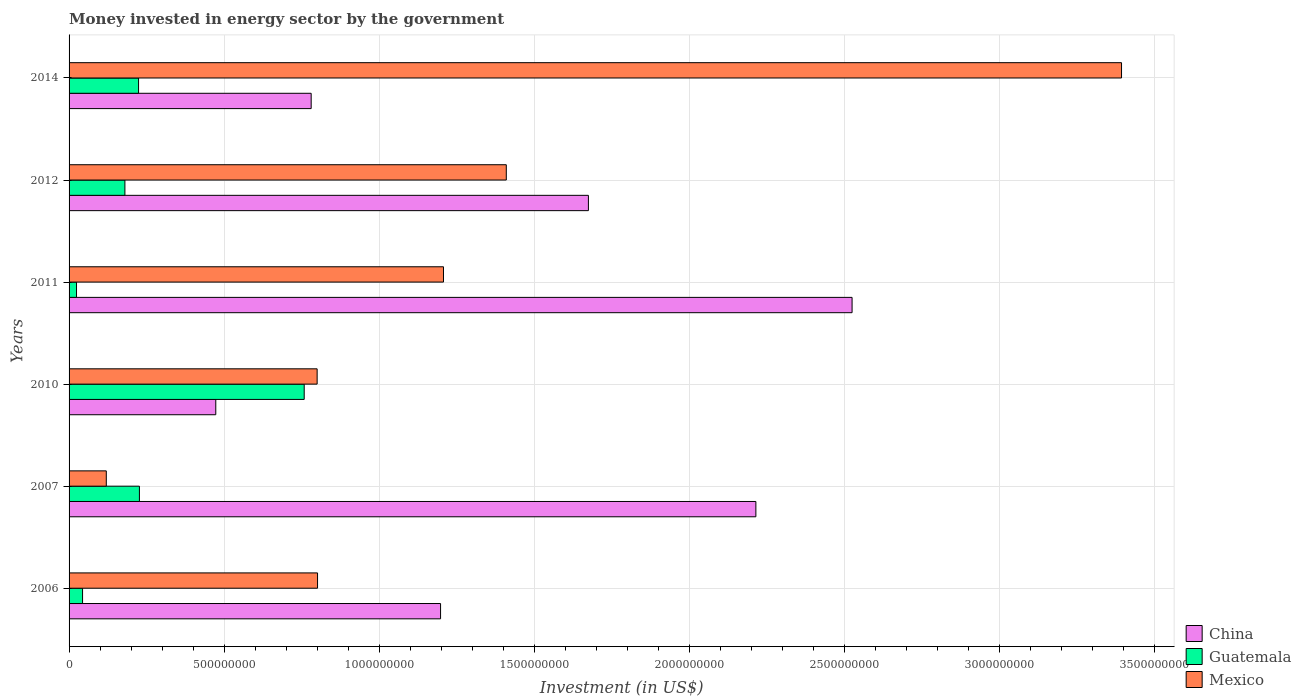
| Years | China | Guatemala | Mexico |
 | --- | --- | --- | --- |
 | 2006 | 1.2e+09 | 4.35e+07 | 8.01e+08 |
 | 2007 | 2.21e+09 | 2.27e+08 | 1.2e+08 |
 | 2010 | 4.73e+08 | 7.58e+08 | 8e+08 |
 | 2011 | 2.52e+09 | 2.4e+07 | 1.21e+09 |
 | 2012 | 1.67e+09 | 1.8e+08 | 1.41e+09 |
 | 2014 | 7.8e+08 | 2.24e+08 | 3.39e+09 |